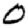
Digit: 0